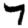
Digit: 7